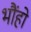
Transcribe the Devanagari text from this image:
भौंहो